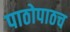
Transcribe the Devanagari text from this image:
पाठोपाठच